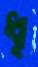
ধৃ